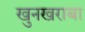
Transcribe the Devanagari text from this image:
खुनखराबा